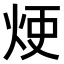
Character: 𤈆